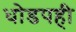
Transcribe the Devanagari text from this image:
धोडपही